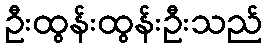
ဦးထွန်းထွန်းဦးသည်